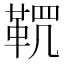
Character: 𩊸